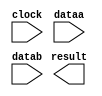
// megafunction wizard: %ALTFP_DIV%VBB%
// GENERATION: STANDARD
// VERSION: WM1.0
// MODULE: altfp_div 

// ============================================================
// Megafunction Name(s):
// 			altfp_div
//
// Simulation Library Files(s):
// 			
// ============================================================
// ************************************************************
// THIS IS A WIZARD-GENERATED FILE. DO NOT EDIT THIS FILE!
//
// 16.1.1 Build 200 11/30/2016 SJ Standard Edition
// ************************************************************

//Copyright (C) 2016  Intel Corporation. All rights reserved.
//Your use of Intel Corporation's design tools, logic functions 
//and other software and tools, and its AMPP partner logic 
//functions, and any output files from any of the foregoing 
//(including device programming or simulation files), and any 
//associated documentation or information are expressly subject 
//to the terms and conditions of the Intel Program License 
//Subscription Agreement, the Intel Quartus Prime License Agreement,
//the Intel MegaCore Function License Agreement, or other 
//applicable license agreement, including, without limitation, 
//that your use is for the sole purpose of programming logic 
//devices manufactured by Intel and sold by Intel or its 
//authorized distributors.  Please refer to the applicable 
//agreement for further details.

module DIV (
	clock,
	dataa,
	datab,
	result)/* synthesis synthesis_clearbox = 1 */;

	input	  clock;
	input	[31:0]  dataa;
	input	[31:0]  datab;
	output	[31:0]  result;

endmodule

// ============================================================
// CNX file retrieval info
// ============================================================
// Retrieval info: PRIVATE: INTENDED_DEVICE_FAMILY STRING "Cyclone IV E"
// Retrieval info: PRIVATE: SYNTH_WRAPPER_GEN_POSTFIX STRING "0"
// Retrieval info: LIBRARY: altera_mf altera_mf.altera_mf_components.all
// Retrieval info: CONSTANT: DENORMAL_SUPPORT STRING "NO"
// Retrieval info: CONSTANT: INTENDED_DEVICE_FAMILY STRING "Cyclone IV E"
// Retrieval info: CONSTANT: OPTIMIZE STRING "SPEED"
// Retrieval info: CONSTANT: PIPELINE NUMERIC "6"
// Retrieval info: CONSTANT: REDUCED_FUNCTIONALITY STRING "NO"
// Retrieval info: CONSTANT: WIDTH_EXP NUMERIC "8"
// Retrieval info: CONSTANT: WIDTH_MAN NUMERIC "23"
// Retrieval info: USED_PORT: clock 0 0 0 0 INPUT NODEFVAL "clock"
// Retrieval info: USED_PORT: dataa 0 0 32 0 INPUT NODEFVAL "dataa[31..0]"
// Retrieval info: USED_PORT: datab 0 0 32 0 INPUT NODEFVAL "datab[31..0]"
// Retrieval info: USED_PORT: result 0 0 32 0 OUTPUT NODEFVAL "result[31..0]"
// Retrieval info: CONNECT: @clock 0 0 0 0 clock 0 0 0 0
// Retrieval info: CONNECT: @dataa 0 0 32 0 dataa 0 0 32 0
// Retrieval info: CONNECT: @datab 0 0 32 0 datab 0 0 32 0
// Retrieval info: CONNECT: result 0 0 32 0 @result 0 0 32 0
// Retrieval info: GEN_FILE: TYPE_NORMAL DIV.v TRUE
// Retrieval info: GEN_FILE: TYPE_NORMAL DIV.inc FALSE
// Retrieval info: GEN_FILE: TYPE_NORMAL DIV.cmp FALSE
// Retrieval info: GEN_FILE: TYPE_NORMAL DIV.bsf FALSE
// Retrieval info: GEN_FILE: TYPE_NORMAL DIV_inst.v TRUE
// Retrieval info: GEN_FILE: TYPE_NORMAL DIV_bb.v TRUE